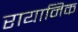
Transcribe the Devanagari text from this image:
रायानिक